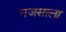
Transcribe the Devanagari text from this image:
गजसाला